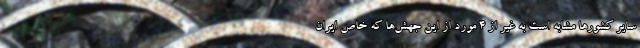
سایر کشورها مشابه است به غیر از ۴ مورد از این جهش‌ها که خاص ایران